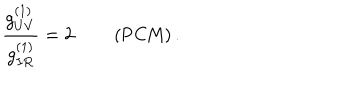
LaTeX: \frac { g _ { U V } ^ { ( 1 ) } } { g _ { I R } ^ { ( 1 ) } } = 2 \qquad \left( \mathrm { P C M } \right) .